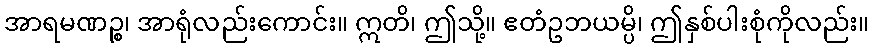
အာရမဏဉ္စ၊ အာရုံလည်းကောင်း။ ဣတိ၊ ဤသို့။ ဧတံဥဘယမ္ပိ၊ ဤနှစ်ပါးစုံကိုလည်း။